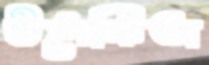
উপেক্ষিতা